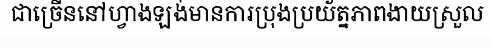
ជាច្រើននៅហ្វាងឡង់មានការប្រុងប្រយ័ត្នភាពងាយស្រួល